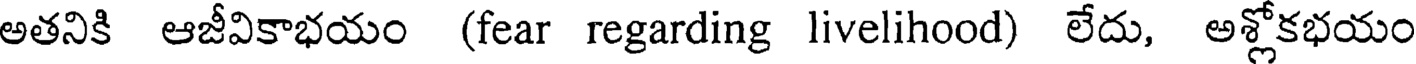
అతనికి ఆజీవికాభయం (fear regarding livelihood) లేదు, అశ్లోకభయం